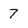
Character: 7